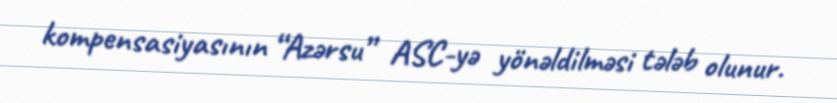
kompensasiyasının “Azərsu” ASC-yə yönəldilməsi tələb olunur.